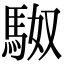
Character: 𮩼